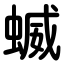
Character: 蝛